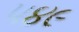
૫૪૯